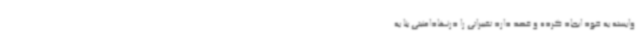
وابسته به خود ایجاد کرده و قصد دارد تغییراتی را درنهادامنیتی بنا به